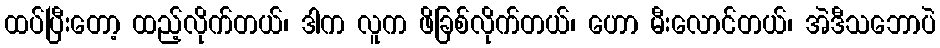
ထပ်ပြီးတော့ ထည့်လိုက်တယ်၊ ဒါက လူက ဖိခြစ်လိုက်တယ်၊ ဟော မီးလောင်တယ်၊ အဲဒီသဘောပဲ